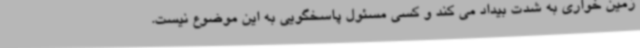
زمین خواری به شدت بیداد می کند و کسی مسئول پاسخگویی به این موضوع نیست.